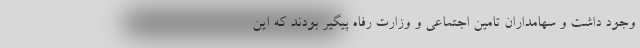
وجود داشت و سهامداران تامین اجتماعی و وزارت رفاه پیگیر بودند که این